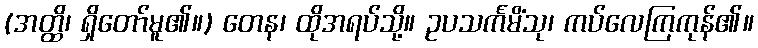
(အတ္ထိ၊ ရှိတော်မူ၏။) တေန၊ ထိုအရပ်သို့။ ဥပသင်္ကမိံသု၊ ကပ်လေကြကုန်၏။